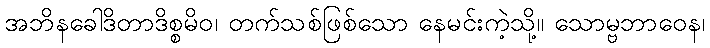
အဘိနခေါဒိတာဒိစ္စမိဝ၊ တက်သစ်ဖြစ်သော နေမင်းကဲ့သို့။ သောမ္ဗဘာဝေန၊